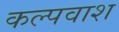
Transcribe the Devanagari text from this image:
कल्पवाश